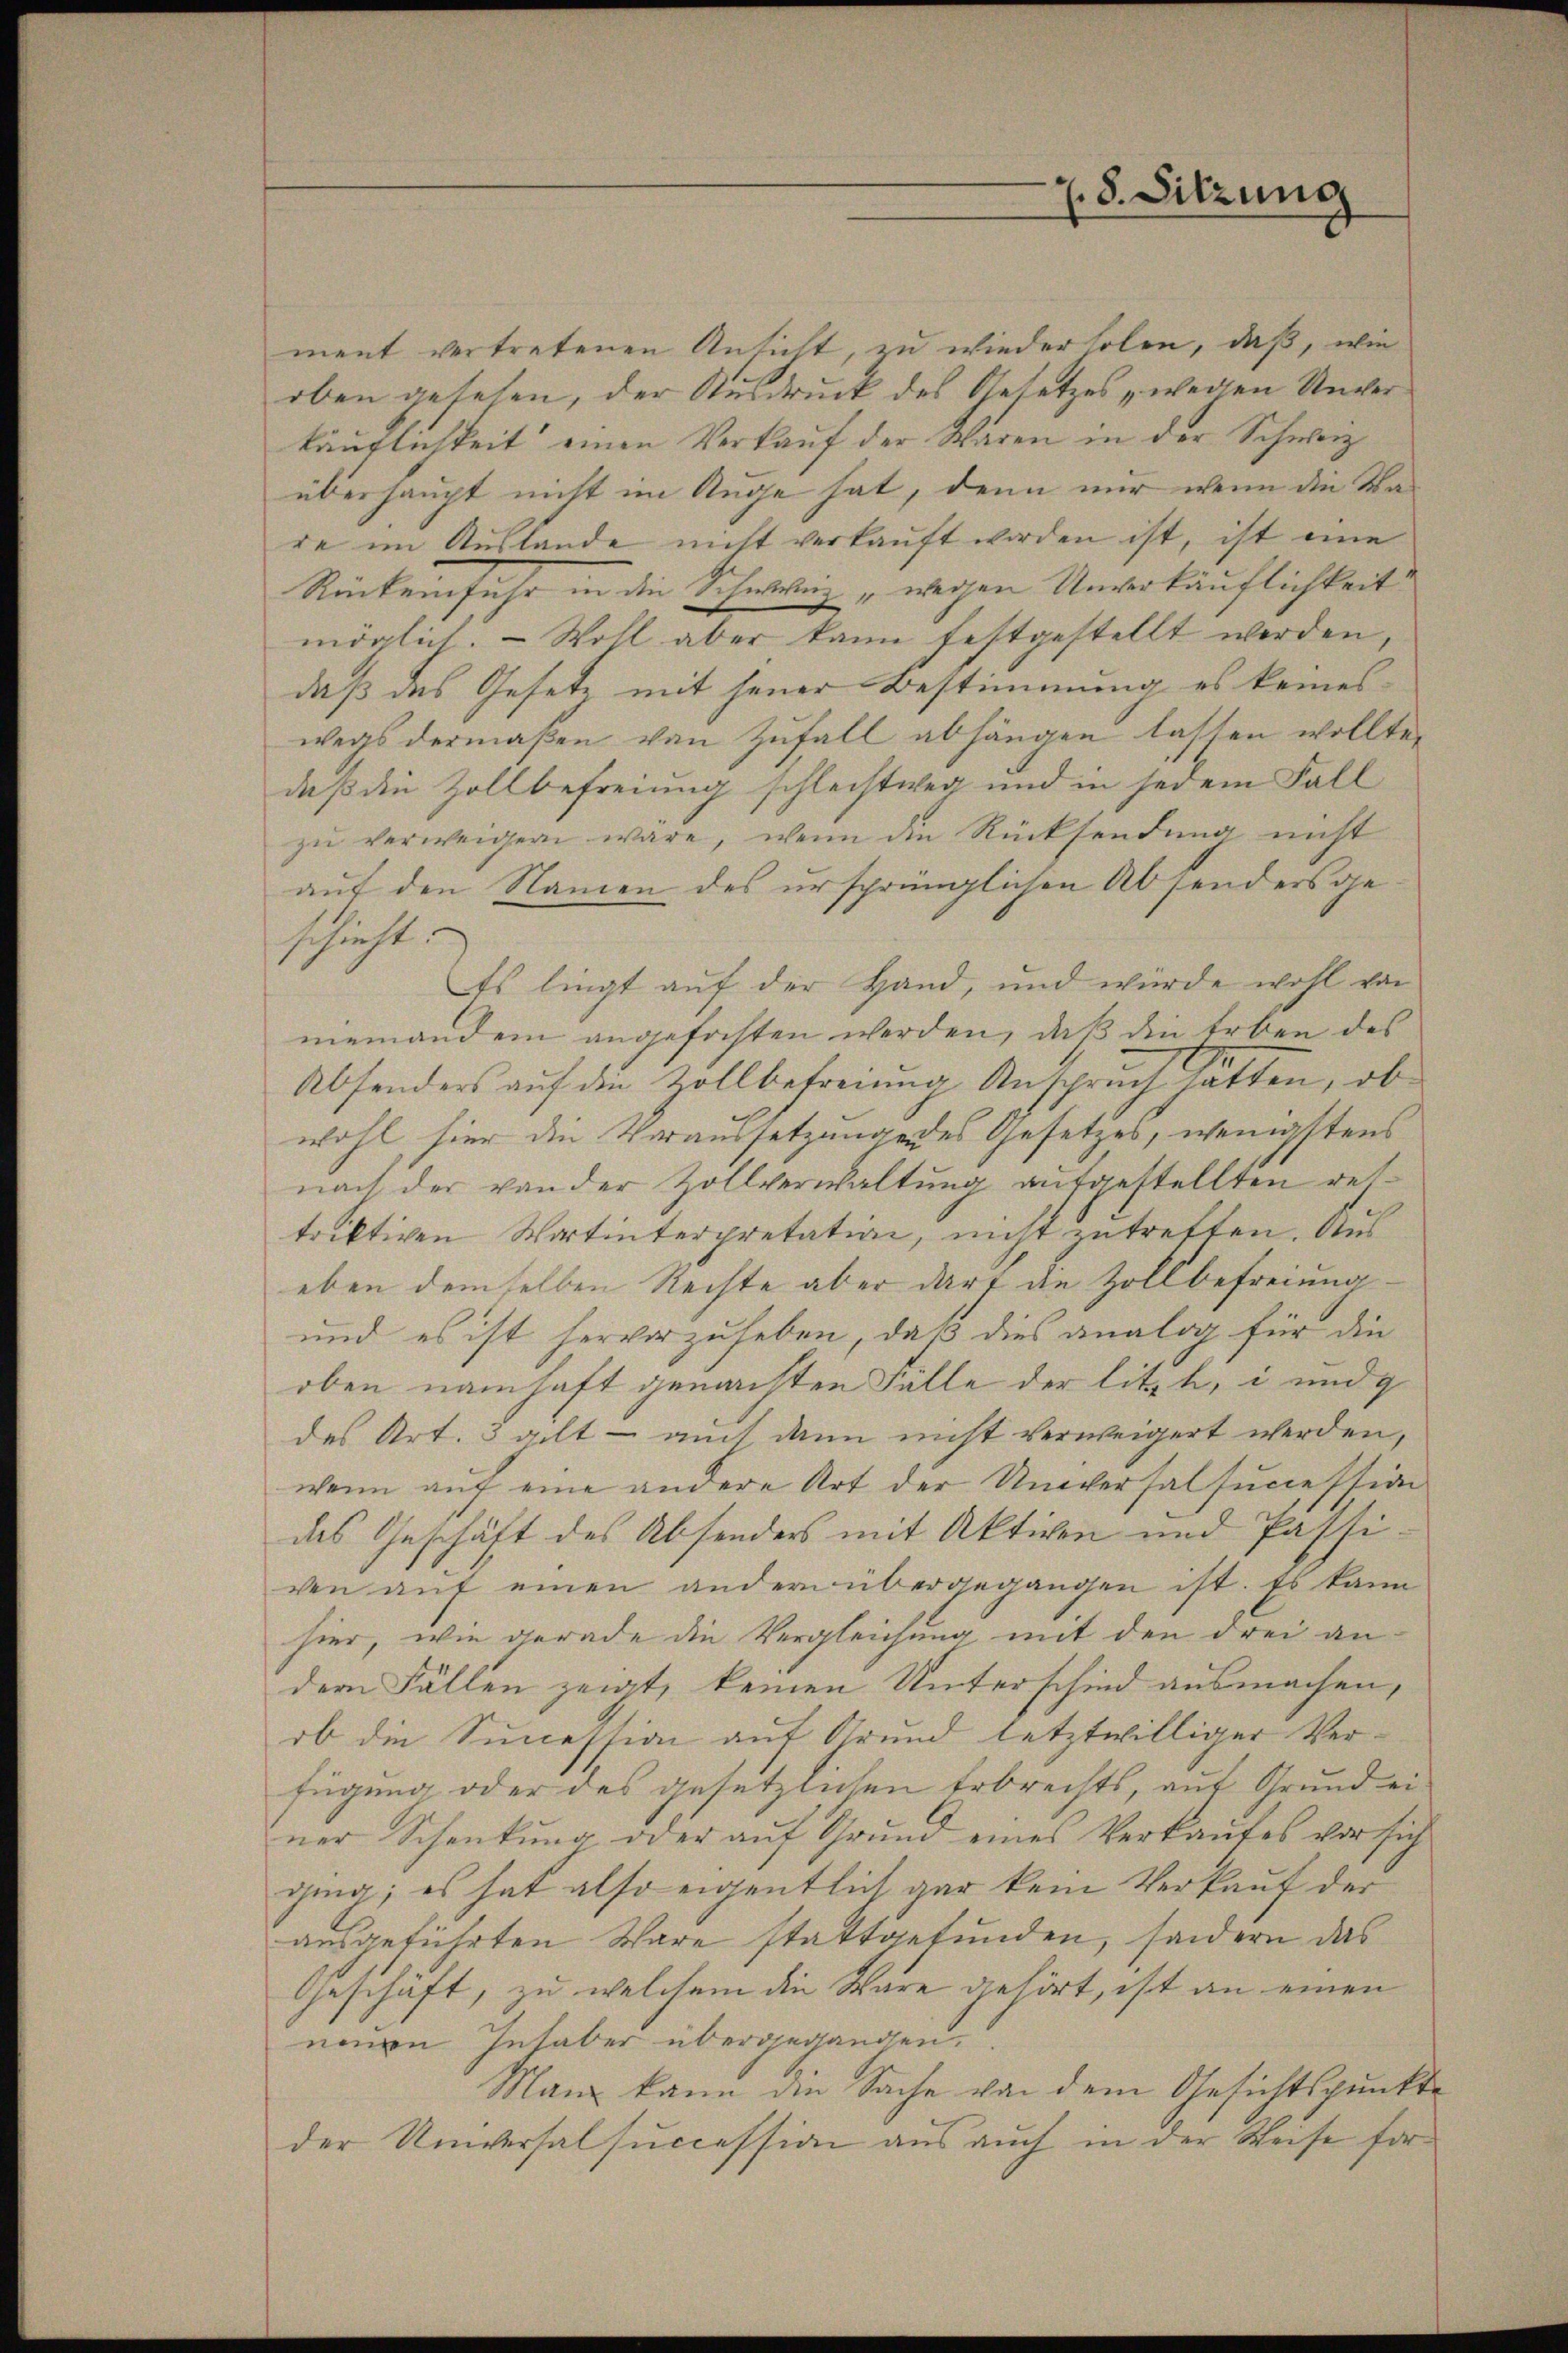
8. Sitzung

ment vertretenen Ansicht, zu wiederholen, daß, wie
oben gesehen, der Ausdruck des Gesetzes „wegen Unverkäuflichkeit einen Verkauf der Waren in der Schweiz
überhaupt nicht im Auge hat, denn nur wenn die Ware im Auslande nicht verkauft worden ist, ist eine
Rückeinfuhr in die Schweiz „wegen Unverkäuflichkeit
möglich. – Wohl aber kann festgestellt werden,
daß des Gesetz mit jener Bestimmung es keines
wegs dermaßen von Zufall abhängen lasten wollte,
daß die Zollbefreiung schlechtweg und in jedem Fall
zŭ verweiger wäre, wenn den Rücksendung nicht
auf den Namen des ursprünglichen Absonders geschieht:
Es liegt auf der Hand, und würde wohl von
niemandem angefasten werden, daß die Erben des
Absonders auf die Zollbefreiung Anspruch hätten, ob
wohl hier die Voraussetzungedes Gesetzes, wenigstens
nach der von der Zollverwaltung aufgestellten rettriktiven Wartinterpretation, nicht zutretten. Aus
eben demselben Rechte aber darf die Zollbefreiung
und es ist hervorzuheben, daß dies analog für die
oben namhaft gemachten Fälle der litzt, in und g
des Art. 3 acht – auch dann nicht verweigert werden,
wenn aŭf eine andere Art der Universalsuccessein
das Geschäft des Absonders mit Aktiven und Passiven auf einen andern übergegangen ist. Es kann
hier, wie gerade die Vergleichung mit den drei andem Fällen zeigt, keinen Unterschied ausmachen,
ob die Succession auf Grund letztwilliger Verfügung oder des gesetzensen Erbrechts, auf Grund einer Schenkung oder aŭf Grŭnd eines Verkaŭtes vor sich
ging; es hat also eigentlich gar kein Verkauf der
ausgeführten Wäre stattgefunden, sondern das
Geschäft, zu welchem die Wäre gehört, ist an einen
nenen Inhaber übergegangen.
Mann kann die Sache von dem Gesichtspunkte
der Universalsuccession aus auch in der Weise for